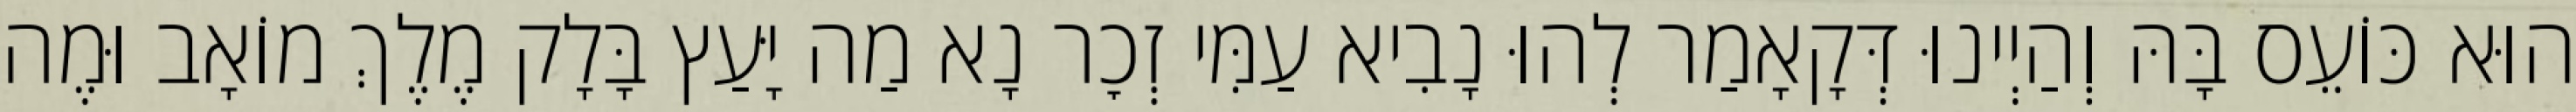
הוּא כּוֹעֵס בָּהּ וְהַיְינוּ דְּקָאָמַר לְהוּ נָבִיא עַמִּי זְכׇר נָא מַה יָּעַץ בָּלָק מֶלֶךְ מוֹאָב וּמֶה